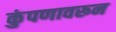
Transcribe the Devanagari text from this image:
कुंपणावरून